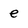
Character: e